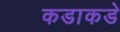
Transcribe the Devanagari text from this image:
कडाकडे